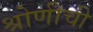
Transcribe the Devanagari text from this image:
श्रोणीची